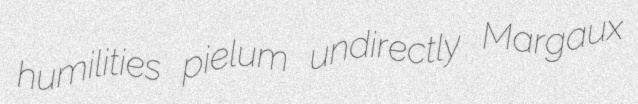
humilities pielum undirectly Margaux